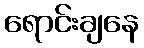
ရောင်းချနေ